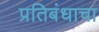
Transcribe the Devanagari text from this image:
प्रतिबंधाचा